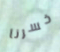
خسرنا